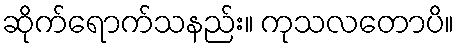
ဆိုက်ရောက်သနည်း။ ကုသလတောပိ။